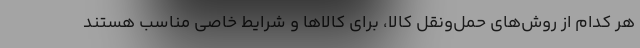
هر کدام از روش‌های حمل‌ونقل کالا، برای کالاها و شرایط خاصی مناسب هستند